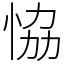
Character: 恊